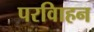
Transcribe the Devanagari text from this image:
परविाहन